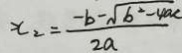
x _ { 2 } = \frac { - b - \sqrt { b ^ { 2 } - 4 a c } } { 2 a }